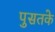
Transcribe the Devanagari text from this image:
पुसतके